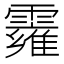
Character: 𩆄